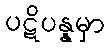
ပဋိပန္နမှာ